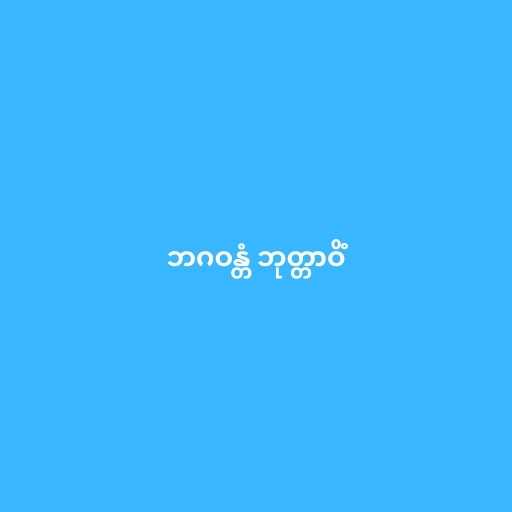
ဘဂဝန္တံ ဘုတ္တာဝိံ